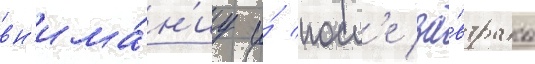
вн'има́н'иу и́ посл'е за́втрака